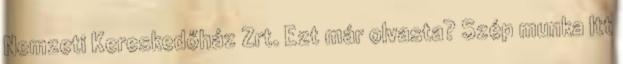
Nemzeti Kereskedőház Zrt. Ezt már olvasta? Szép munka Itt